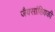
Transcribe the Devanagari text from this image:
जैवसांख्यिकी